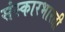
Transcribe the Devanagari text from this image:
संस्कारभारती